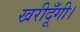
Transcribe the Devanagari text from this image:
खरीदूँगी।